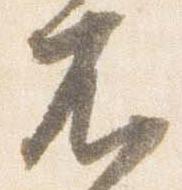
不